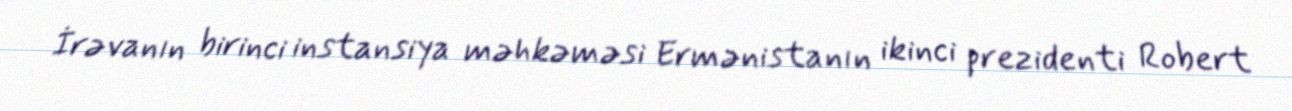
İrəvanın birinci instansiya məhkəməsi Ermənistanın ikinci prezidenti Robert